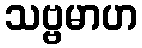
သဗ္ဗမာဟ